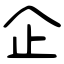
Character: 企